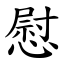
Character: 慰